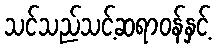
သင်သည်သင့်ဆရာဝန်နှင့်